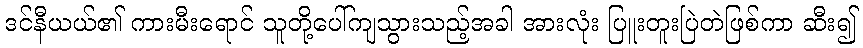
ဒင်နီယယ်၏ ကားမီးရောင် သူတို့ပေါ်ကျသွားသည့်အခါ အားလုံး ပြူးတူးပြဲတဲဖြစ်ကာ ဆီး၍